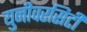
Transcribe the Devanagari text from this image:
युनीवरसिटी